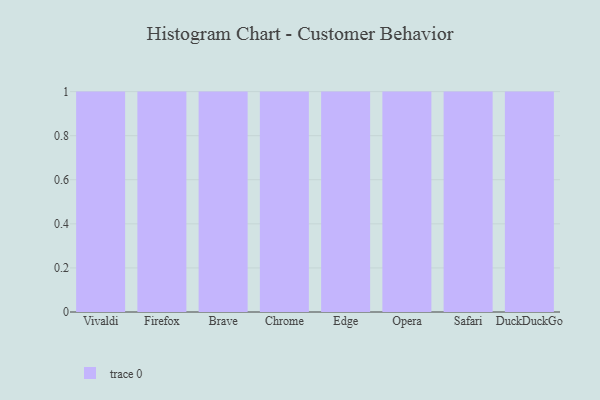
{"axis": {"x": "Browser", "y": "Gross Profit (USD K)"}, "legend": [""], "data": [{"x": "Vivaldi", "y": 34, "type": ""}, {"x": "Firefox", "y": 47, "type": ""}, {"x": "Brave", "y": 69, "type": ""}, {"x": "Chrome", "y": 79, "type": ""}, {"x": "Edge", "y": 98, "type": ""}, {"x": "Opera", "y": 73, "type": ""}, {"x": "Safari", "y": 95, "type": ""}, {"x": "DuckDuckGo", "y": 94, "type": ""}]}